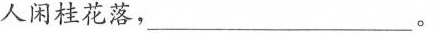
人闲桂花落，___。